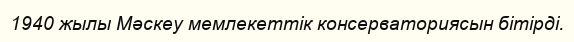
1940 жылы Мәскеу мемлекеттік консерваториясын бітірді.